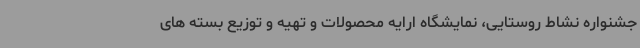
جشنواره نشاط روستایی، نمایشگاه ارایه محصولات و تهیه و توزیع بسته های